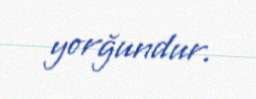
yorğundur.